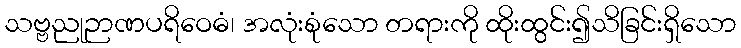
သဗ္ဗညုဉာဏပရိဝေဓံ၊ အလုံးစုံသော တရားကို ထိုးထွင်း၍သိခြင်းရှိသော